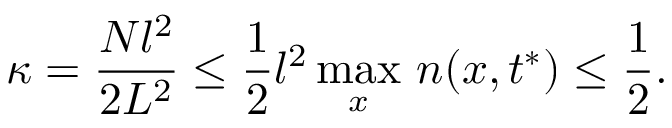
\kappa = \frac { N l ^ { 2 } } { 2 L ^ { 2 } } \leq \frac { 1 } { 2 } l ^ { 2 } \operatorname* { m a x } _ { x } \, n ( x , t ^ { * } ) \leq \frac { 1 } { 2 } .